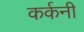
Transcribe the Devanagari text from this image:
कर्कनी